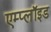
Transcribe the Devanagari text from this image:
एम्प्लॉइड